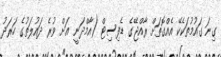
ގިނަ ގައުމުތަކެކޭ އެއްގޮތަށް ރާއްޖޭގެ ޑެފިސިޓް (އާމްދަނީ އަށް ވުރެ ދައުލަތުގެ ހަރަދު